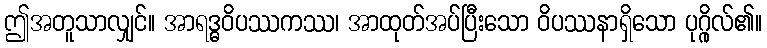
ဤအတူသာလျှင်။ အာရဒ္ဓဝိပဿကဿ၊ အာထုတ်အပ်ပြီးသော ဝိပဿနာရှိသော ပုဂ္ဂိုလ်၏။